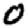
Digit: 0